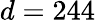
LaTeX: d=244